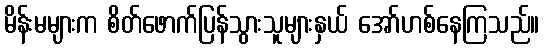
မိန်းမများက စိတ်ဖောက်ပြန်သွားသူများနှယ် အော်ဟစ်နေကြသည်။